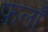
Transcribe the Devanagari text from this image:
फ़लाँ